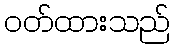
ဝတ်ထားသည်